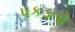
પકડતો